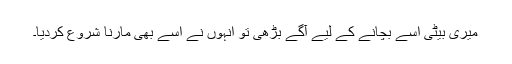
میری بیٹی اسے بچانے کے لیے آگے بڑھی تو انہوں نے اسے بھی مارنا شروع کردیا۔